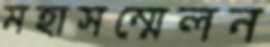
মহাসম্মেলন